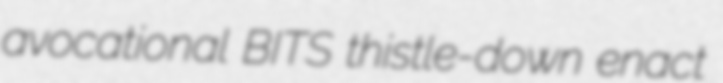
avocational BITS thistle-down enact